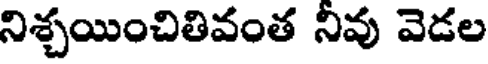
నిశ్చయించితివంత నీవు వెడల